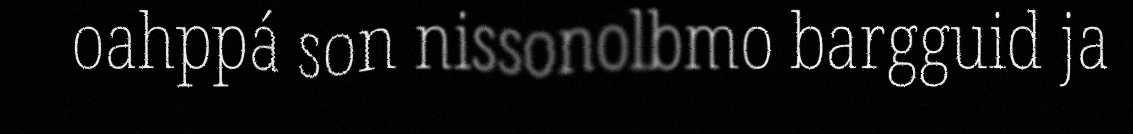
oahppá son nissonolbmo bargguid ja